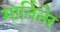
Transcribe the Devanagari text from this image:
मार्तिनैर